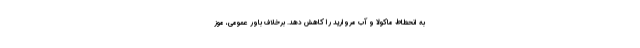
به انحطاط ماکولا و آب مروارید را کاهش دهد. برخلاف باور عمومی، موز